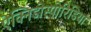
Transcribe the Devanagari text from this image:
ऐक्निडोस्पोरिडिया